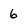
Character: 6